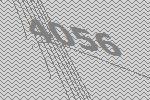
4056